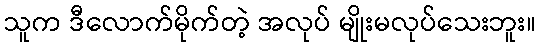
သူက ဒီလောက်မိုက်တဲ့ အလုပ် မျိုးမလုပ်သေးဘူး။